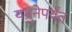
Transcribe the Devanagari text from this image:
यमुनेपर्यंत